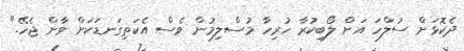
ދެކޮޅަށް ސުލްހަ އަށް ލޯބިކުރާ ހުރިހާ މުސްލިމުން ވެސް އެކަތިގަނޑަކަށް ވާން ޖެހޭ."